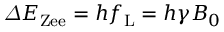
\varDelta E _ { \mathrm { Z e e } } = h f _ { \mathrm { L } } = h \gamma B _ { 0 }